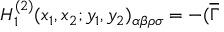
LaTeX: H _ { 1 } ^ { ( 2 ) } ( x _ { 1 } , x _ { 2 } ; y _ { 1 } , y _ { 2 } ) _ { \alpha \beta \rho \sigma } = - ( \overline { { { \Gamma } } }